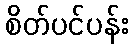
စိတ်ပင်ပန်း